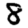
Digit: 8